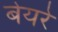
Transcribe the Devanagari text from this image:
बेयरे